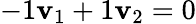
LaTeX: -1\mathbf{v}_{1}+1\mathbf{v}_{2}=0